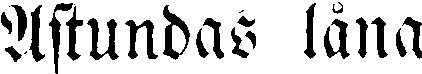
Astundas låna